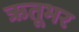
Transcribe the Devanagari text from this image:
ऋतूभर